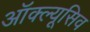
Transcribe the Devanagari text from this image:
ऑक्ल्यूसिव